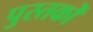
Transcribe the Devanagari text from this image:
पुस्तकोँ